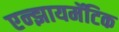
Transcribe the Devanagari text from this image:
एन्झायमॅटिक